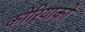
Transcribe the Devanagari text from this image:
कोरियाको